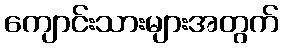
ကျောင်းသားများအတွက်